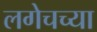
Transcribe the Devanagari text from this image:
लगेचच्या